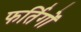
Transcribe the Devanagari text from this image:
फर्तिगों